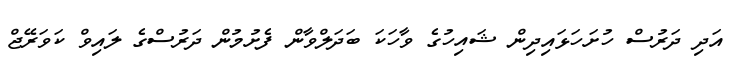
އަދި ދަރުސް ހުށަހަޅައިދިން ޝައިހުގެ ވާހަކަ ބަދަލްވާން ފެށުމުން ދަރުސްގެ ލައިވް ކަވަރޭޖް